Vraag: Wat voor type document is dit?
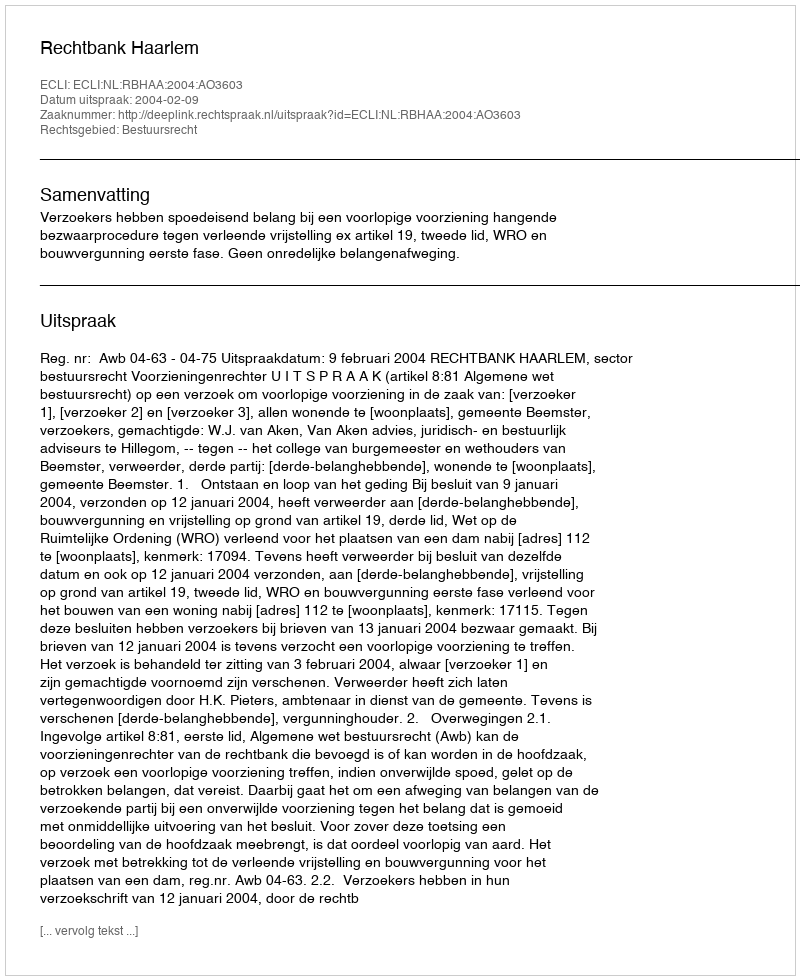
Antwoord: Uitspraak